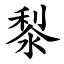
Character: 㴝